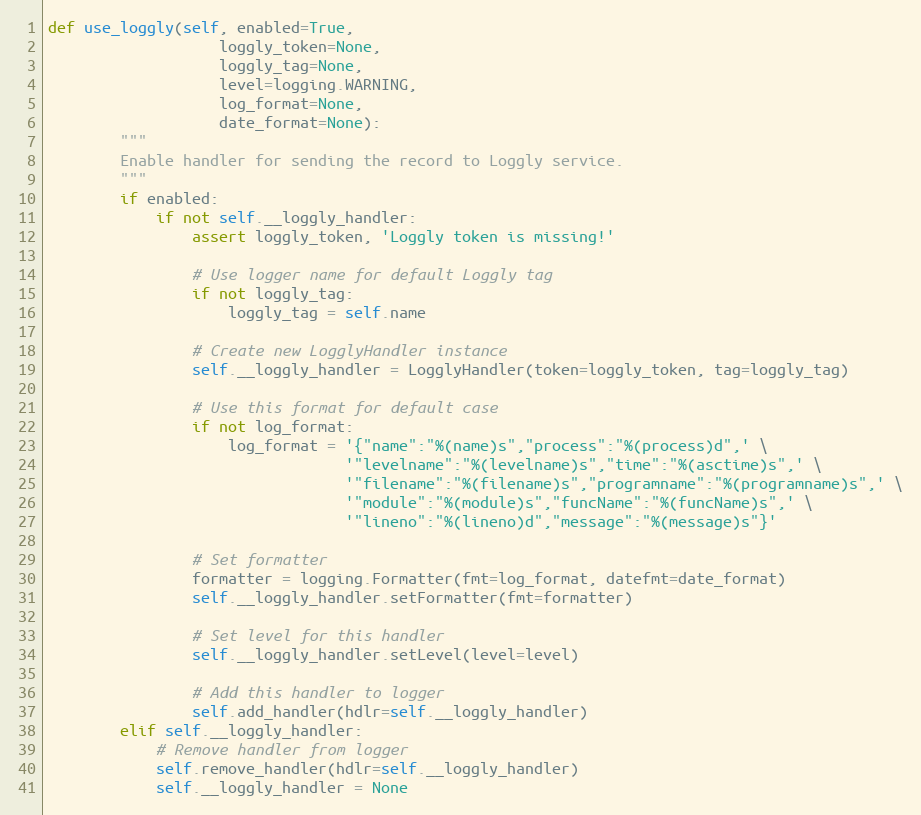
Language: Python
def use_loggly(self, enabled=True,
                   loggly_token=None,
                   loggly_tag=None,
                   level=logging.WARNING,
                   log_format=None,
                   date_format=None):
        """
        Enable handler for sending the record to Loggly service.
        """
        if enabled:
            if not self.__loggly_handler:
                assert loggly_token, 'Loggly token is missing!'

                # Use logger name for default Loggly tag
                if not loggly_tag:
                    loggly_tag = self.name

                # Create new LogglyHandler instance
                self.__loggly_handler = LogglyHandler(token=loggly_token, tag=loggly_tag)

                # Use this format for default case
                if not log_format:
                    log_format = '{"name":"%(name)s","process":"%(process)d",' \
                                 '"levelname":"%(levelname)s","time":"%(asctime)s",' \
                                 '"filename":"%(filename)s","programname":"%(programname)s",' \
                                 '"module":"%(module)s","funcName":"%(funcName)s",' \
                                 '"lineno":"%(lineno)d","message":"%(message)s"}'

                # Set formatter
                formatter = logging.Formatter(fmt=log_format, datefmt=date_format)
                self.__loggly_handler.setFormatter(fmt=formatter)

                # Set level for this handler
                self.__loggly_handler.setLevel(level=level)

                # Add this handler to logger
                self.add_handler(hdlr=self.__loggly_handler)
        elif self.__loggly_handler:
            # Remove handler from logger
            self.remove_handler(hdlr=self.__loggly_handler)
            self.__loggly_handler = None